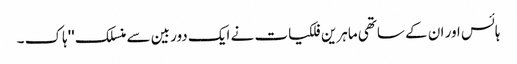
ہائس اور ان کے ساتھی ماہرین فلکیات نے ایک دوربین سے منسلک ''ہاک ۔